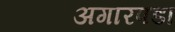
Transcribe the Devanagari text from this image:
अगारपडा